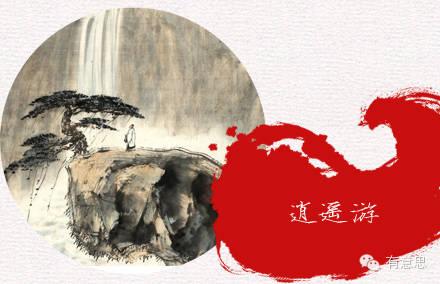
带长剑兮挟秦弓，首身离兮心不惩。